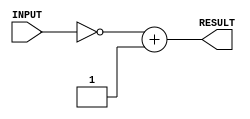
module twos_complement_converter(RESULT, INPUT);
	
	// port declaration
	input [7:0] INPUT;
	output [7:0] RESULT;

	assign #1 RESULT = ~INPUT + 8'b1; 	// convert to 2s complement


endmodule